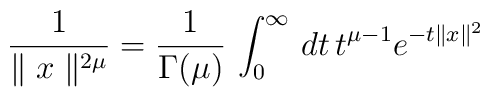
\frac{1}{\parallel x \parallel^{2\mu}} = \frac{1}{\Gamma(\mu)} \, \int_0^\infty \, dt \, t^{\mu-1} e^{-t \parallel x \parallel^2}